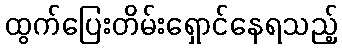
ထွက်ပြေးတိမ်းရှောင်နေရသည့်